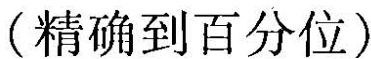
(精确到百分位)